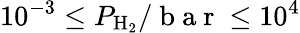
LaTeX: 10^{-3}\le P_{\mathrm{H_{2}}}/\mathrm{~b~a~r~}\le 10^{4}